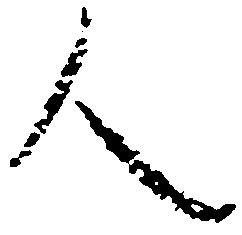
人